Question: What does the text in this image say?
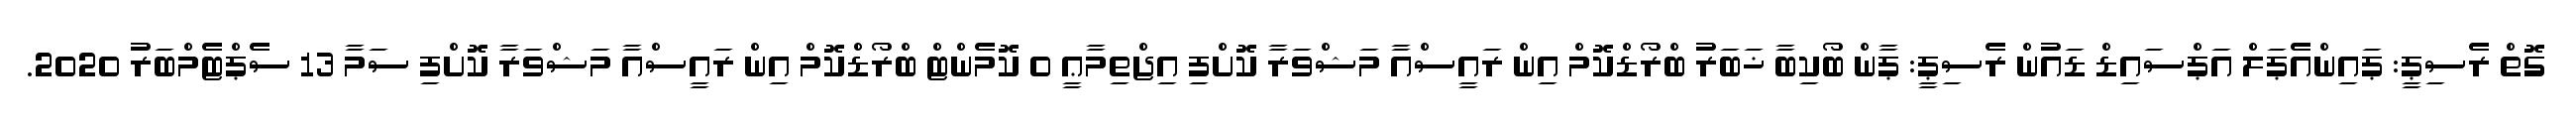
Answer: ގޮތް ރެސިޕީ: ޕައިންއެޕަލް އަޕްސައިޑް ޑައުން ރެސިޕީ: ޕާން ބޯކިބާ ޚަބަރު ބްރޯޑްކޮމް އިން ރައީސްއާ މަޝްވަރާ ކޮށްފި އިޖްތިމާޢީ 0 ކޮމެންޓް ބްރޯޑްކޮމް އިން ރައީސްއާ މަޝްވަރާ ކޮށްފި ސަމާ 13 ސެޕްޓެމްބަރު 2020.